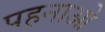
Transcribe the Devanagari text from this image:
पहनाओ